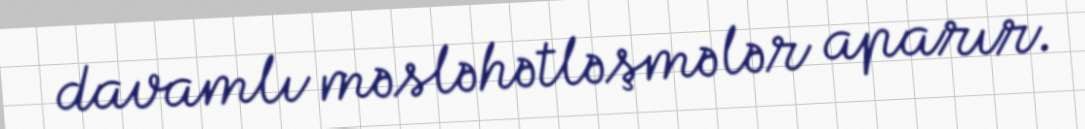
davamlı məsləhətləşmələr aparır.